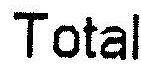
TOTAL